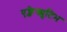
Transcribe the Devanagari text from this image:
एक्जेक्युटिभ